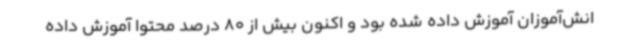
انش‌آموزان آموزش داده شده بود و اکنون بیش از 80 درصد محتوا آموزش داده